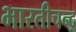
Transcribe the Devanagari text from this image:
भारतीचन्द्र